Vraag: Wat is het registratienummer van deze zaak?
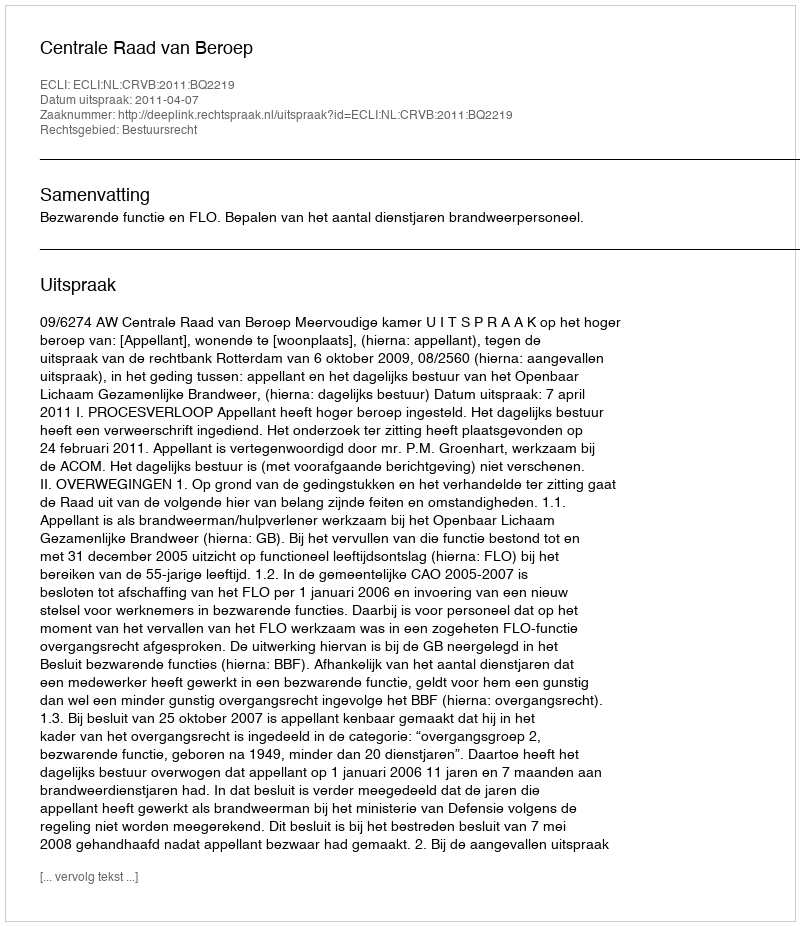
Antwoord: http://deeplink.rechtspraak.nl/uitspraak?id=ECLI:NL:CRVB:2011:BQ2219